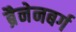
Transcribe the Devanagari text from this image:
ब्रैनेनबर्ग